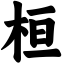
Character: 桓